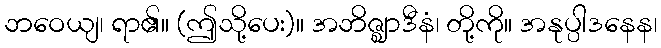
ဘဝေယျ၊ ရာ၏။ (ဤသို့ပေး)။ အဘိဇ္ဈာဒီနံ၊ တို့ကို။ အနုပ္ပါဒနေန၊